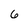
Character: 6